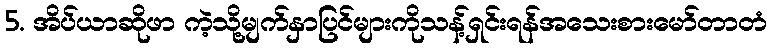
5. အိပ်ယာဆိုဖာ ကဲ့သို့မျက်နှာပြင်များကိုသန့်ရှင်းရန်အသေးစားမော်တာတံ